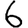
Digit: 6